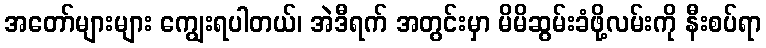
အတော်များများ ကျွေးရပါတယ်၊ အဲဒီရက် အတွင်းမှာ မိမိဆွမ်းခံဖို့လမ်းကို နီးစပ်ရာ